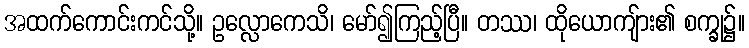
အထက်ကောင်းကင်သို့။ ဥလ္လောကေသိ၊ မော်၍ကြည့်ပြီ။ တဿ၊ ထိုယောကျ်ား၏ စက္ခု၌။